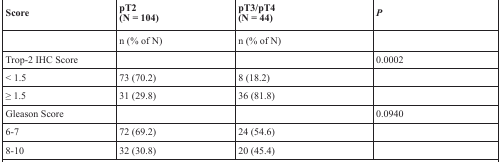
<table><thead><tr><td><b>Score</b></td><td><b>pT2 (N = 104)</b></td><td><b>pT3/pT4 (N = 44)</b></td><td><b><i>P</i></b></td></tr></thead><tbody><tr><td></td><td>n (% of N)</td><td>n (% of N)</td><td></td></tr><tr><td>Trop-2 IHC Score</td><td></td><td></td><td>0.0002</td></tr><tr><td>&lt; 1.5</td><td>73 (70.2)</td><td>8 (18.2)</td><td></td></tr><tr><td>≥ 1.5</td><td>31 (29.8)</td><td>36 (81.8)</td><td></td></tr><tr><td>Gleason Score</td><td></td><td></td><td>0.0940</td></tr><tr><td>6-7</td><td>72 (69.2)</td><td>24 (54.6)</td><td></td></tr><tr><td>8-10</td><td>32 (30.8)</td><td>20 (45.4)</td><td></td></tr></tbody></table>